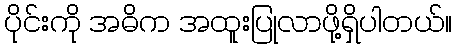
ပိုင်းကို အဓိက အထူးပြုလာဖို့ရှိပါတယ်။